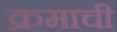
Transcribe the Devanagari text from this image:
क्रमाची